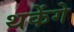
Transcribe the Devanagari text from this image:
थकेंगे